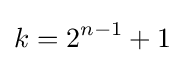
k=2^{n-1}+1